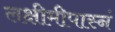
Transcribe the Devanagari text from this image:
लक्षीमीपास्नं